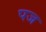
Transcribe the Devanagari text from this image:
पज